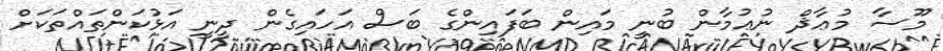
މޫސާ މުޢާޛް ނުޢުމާން ބުނީ މައިން ބަފައިންގެ ބަސް އަހައިގެން ދީނީ އަޅުކަންތައްތަކަށް